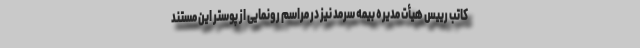
کاتب رییس هیأت مدیره بیمه سرمد نیز در مراسم رونمایی از پوستر این مستند